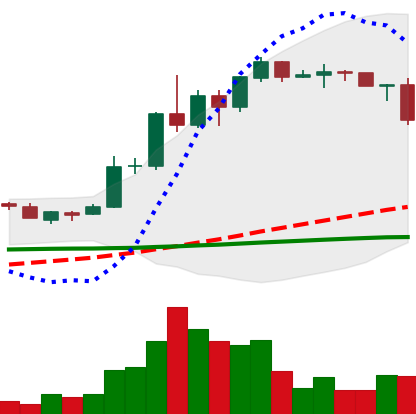
Ticker: ADA-USD
Chart end date: 2020-06-11
Forward return: 4.927%
Label: up_3_5